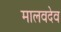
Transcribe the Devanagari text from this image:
मालवदेव